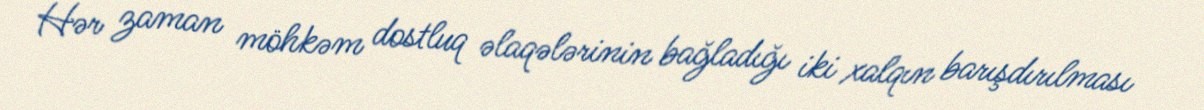
Hər zaman möhkəm dostluq əlaqələrinin bağladığı iki xalqın barışdırılması